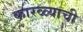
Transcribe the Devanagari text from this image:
कारळ्याची